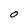
Character: O